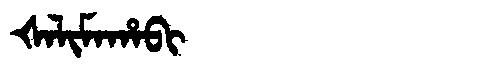
Manchu: ᡧᠠᠯᡳᠮᠠᡥᠠᠪᡳ
Romanization: ŠALIMAHABI